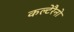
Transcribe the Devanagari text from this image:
कल्टेरैनो